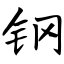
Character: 钢